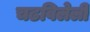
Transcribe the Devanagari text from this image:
चढविलेली